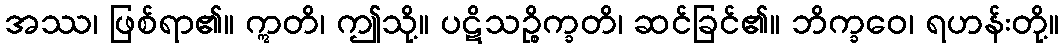
အဿ၊ ဖြစ်ရာ၏။ ဣတိ၊ ဤသို့။ ပဋိသဉ္စိက္ခတိ၊ ဆင်ခြင်၏။ ဘိက္ခဝေ၊ ရဟန်းတို့။